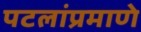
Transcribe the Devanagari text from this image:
पटलांप्रमाणे